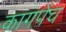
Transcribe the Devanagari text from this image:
कागपेंच